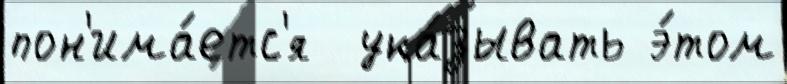
пон'има́етс'я  ука́зывать э́том